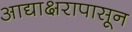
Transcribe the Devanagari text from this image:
आद्याक्षरापासून